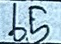
65